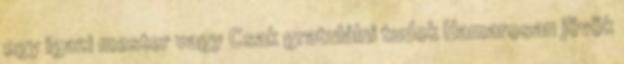
egy igazi mester vagy Csak gratulálni tudok Hamarosan jövök